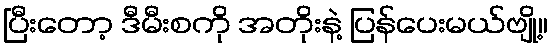
ပြီးတော့ ဒီမီးစကို အတိုးနဲ့ ပြန်ပေးမယ်ဗျို့။